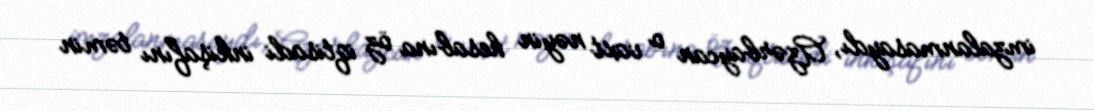
imzalanmasaydı, Azərbaycan o vaxt nəyin hesabına öz iqtisadi inkişafını təmin